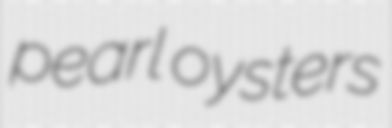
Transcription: pearl oysters